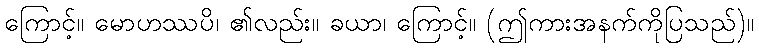
ကြောင့်။ မောဟဿပိ၊ ၏လည်း။ ခယာ၊ ကြောင့်။ (ဤကားအနက်ကိုပြသည်)။